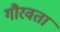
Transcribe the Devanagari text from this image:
गौरवता